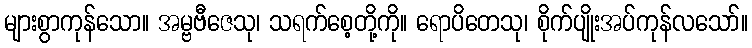
များစွာကုန်သော။ အမ္ဗဗီဇေသု၊ သရက်စေ့တို့ကို။ ရောပိတေသု၊ စိုက်ပျိုးအပ်ကုန်လသော်။